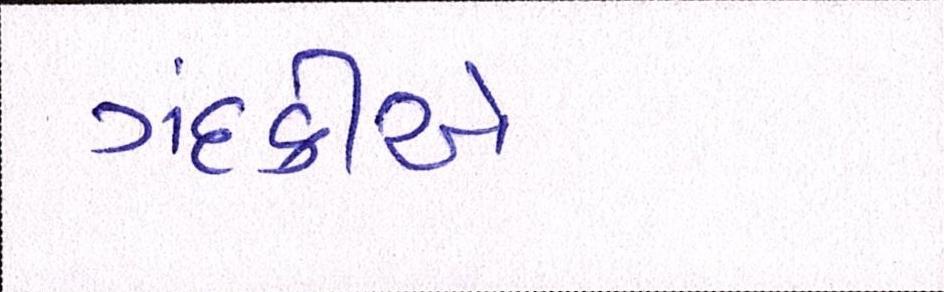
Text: ગંદકીએ